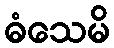
ဓံသေမိ